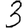
Digit: 3